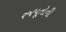
રજપૂતોની